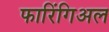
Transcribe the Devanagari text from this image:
फारिंगिअल